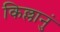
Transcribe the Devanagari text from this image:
किल्लानुं